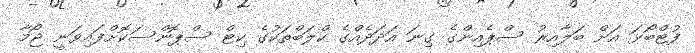
ފުޓްބޯޅަ އަށް ބަލާއިރު ސްޕެއިންގެ ގިނަ އަދަދެއްގެ ކްލަބްތަކުގެ ކިޓް ސްޕޮންސަކޮށްފައިވަނީ ޖޯމާ